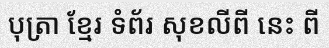
បុត្រា ខ្មែរ ទំព័រ សុខលីពី នេះ ពី